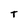
Character: t